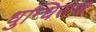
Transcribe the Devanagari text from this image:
धुन्धिराज